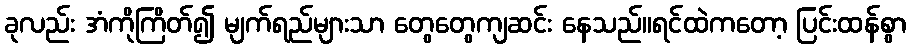
ခုလည်း အံကိုကြိတ်၍ မျက်ရည်များသာ တွေတွေကျဆင်း နေသည်။ရင်ထဲကတော့ ပြင်းထန်စွာ